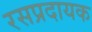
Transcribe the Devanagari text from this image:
रसप्रदायक